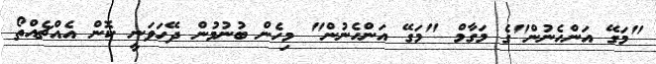
"މަގޭ އަންހެނުން"ގެ މަގާމް "މަގޭ އަންހެނުން" މިހެން ބުނުމުން ދޭހަވަނީ ކޮން އެއްޗެއްތޯ